Report of the Imperial Institute of Veterinary Research, Muktesar
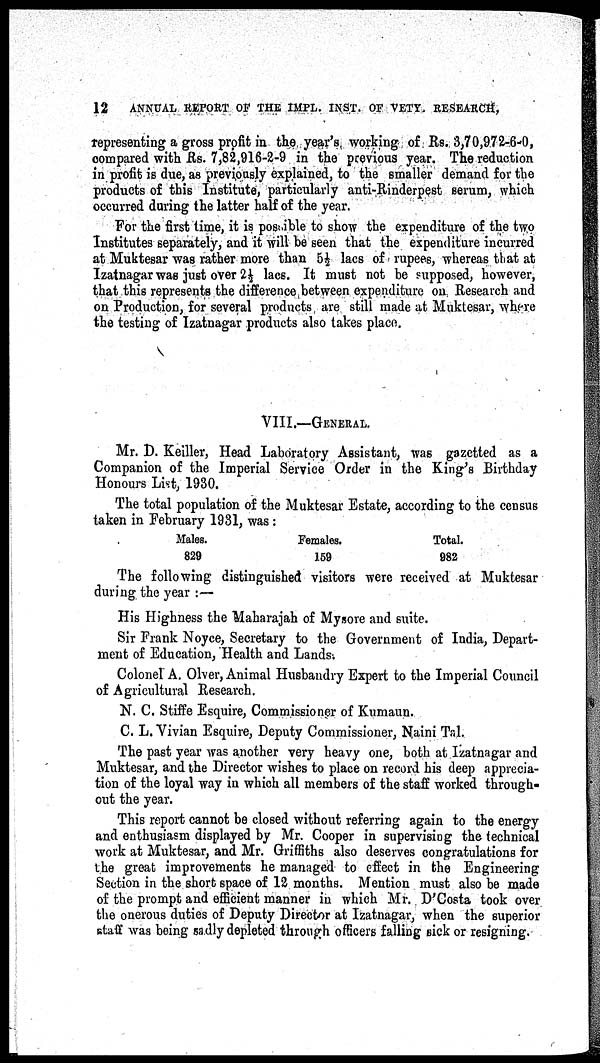
12
ANNUAL REPORT OF THE IMPL. INST. OF VETY. RESEARCH,
representing a gross profit in the year's working of Rs. 3,70,972-6-0,
compared with Rs. 7,82,916-2-9 in the previous year. The reduction
in profit is due, as previously explained, to the smaller demand for the
products of this Institute, particularly anti-Rinderpest serum, which
occurred during the latter half of the year.
For the first time, it is possible to show the expenditure of the two
Institutes separately, and it will be seen that the expenditure incurred
at Muktesar was rather more than 5½ lacs of rupees, whereas that at
Izatnagar was just over 2½ lacs. It must not be supposed, however,
that this represents the difference between expenditure on Research and
on Production, for several products are still made at Muktesar, where
the testing of Izatnagar products also takes place.
VIII.—GENERAL.
Mr. D. Keiller, Head Laboratory Assistant, was gazetted as a
Companion of the Imperial Service Order in the King's Birthday
Honours List, 1930.
The total population of the Muktesar Estate, according to the census
taken in February 1931, was :
Males.
Females.
Total.
829
159
982
The following distinguished visitors were received at Muktesar
during the year :—
His Highness the Maharajah of Mysore and suite.
Sir Frank Noyce, Secretary to the Government of India, Depart-
ment of Education, Health and Lands.
Colonel A. Olver, Animal Husbandry Expert to the Imperial Council
of Agricultural Research.
N. C. Stiffe Esquire, Commissioner of Kumaun.
C. L. Vivian Esquire, Deputy Commissioner, Naini Tal.
The past year was another very heavy one, both at Izatnagar and
Muktesar, and the Director wishes to place on record his deep apprecia-
tion of the loyal way in which all members of the staff worked through-
out the year.
This report cannot be closed without referring again to the energy
and enthusiasm displayed by Mr. Cooper in supervising the technical
work at Muktesar, and Mr. Griffiths also deserves congratulations for
the great improvements he managed to effect in the Engineering
Section in the short space of 12 months. Mention must also be made
of the prompt and efficient manner in which Mr. D'Costa took over
the onerous duties of Deputy Director at Izatnagar, when the superior
staff was being sadly depleted through officers falling sick or resigning.